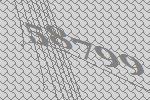
58799